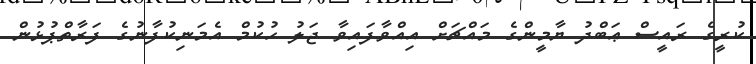
ކުރީގެ ރައީސް ޢަބްދު ޔާމީންގެ މައްޗަށް އިއްވާފައިވާ ޖަލު ހުކުމް އެމަނިކުފާނުގެ ފަރާތްޕުޅުން